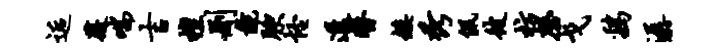
逅薇喘吉檀删彘腴怪透替矮秀佩彼枋磬戈鸡潺